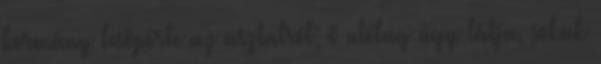
kormány lesöpörte az asztalról; ő utólag úgy látja, sokak